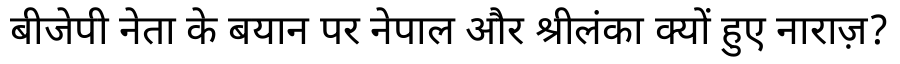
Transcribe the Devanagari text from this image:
बीजेपी नेता के बयान पर नेपाल और श्रीलंका क्यों हुए नाराज़?